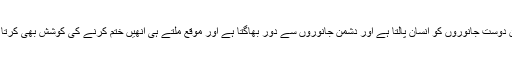
انسان دوست جانوروں کو انسان پالتا ہے اور دشمن جانوروں سے دور بھاگتا ہے اور موقع ملتے ہی انھیں ختم کرنے کی کوشش بھی کرتا ہے۔